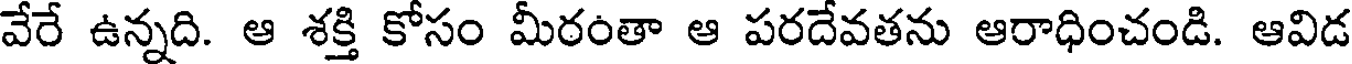
వేరే ఉన్నది. ఆ శక్తి కోసం మీరంతా ఆ పరదేవతను ఆరాధించండి. ఆవిడ